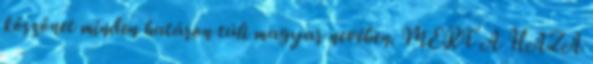
köszönet minden határon túli magyar nevében. MERT A HAZA